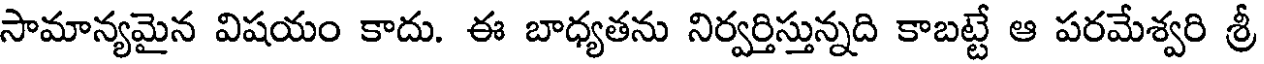
సామాన్యమైన విషయం కాదు. ఈ బాధ్యతను నిర్వర్తిస్తున్నది కాబట్టే ఆ పరమేశ్వరి శ్రీ